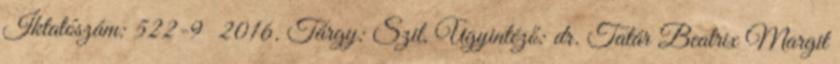
Iktatószám: 522-9 2016. Tárgy: Szil, Ügyintéző: dr. Tatár Beatrix Margit